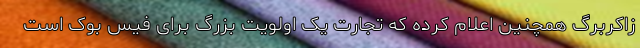
زاکربرگ همچنین اعلام کرده که تجارت یک اولویت بزرگ برای فیس بوک است